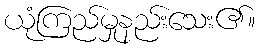
ယုံကြည်မှုနည်းသေး၏။